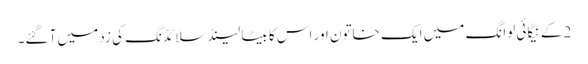
2 کے نیگائی لوانگ میں ایک خاتون اور اس کا بیٹا لینڈ سلائڈنگ کی زد میں آ گئے۔